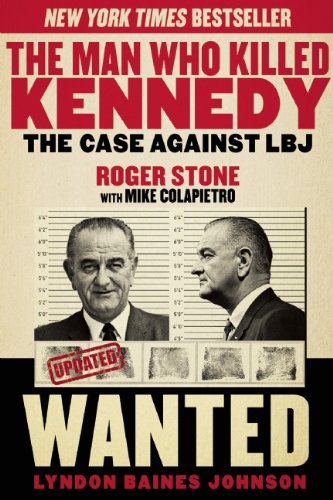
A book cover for The Man Who Killed Kennedy: The Case Against LBJ; Roger Stone; Biographies & Memoirs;